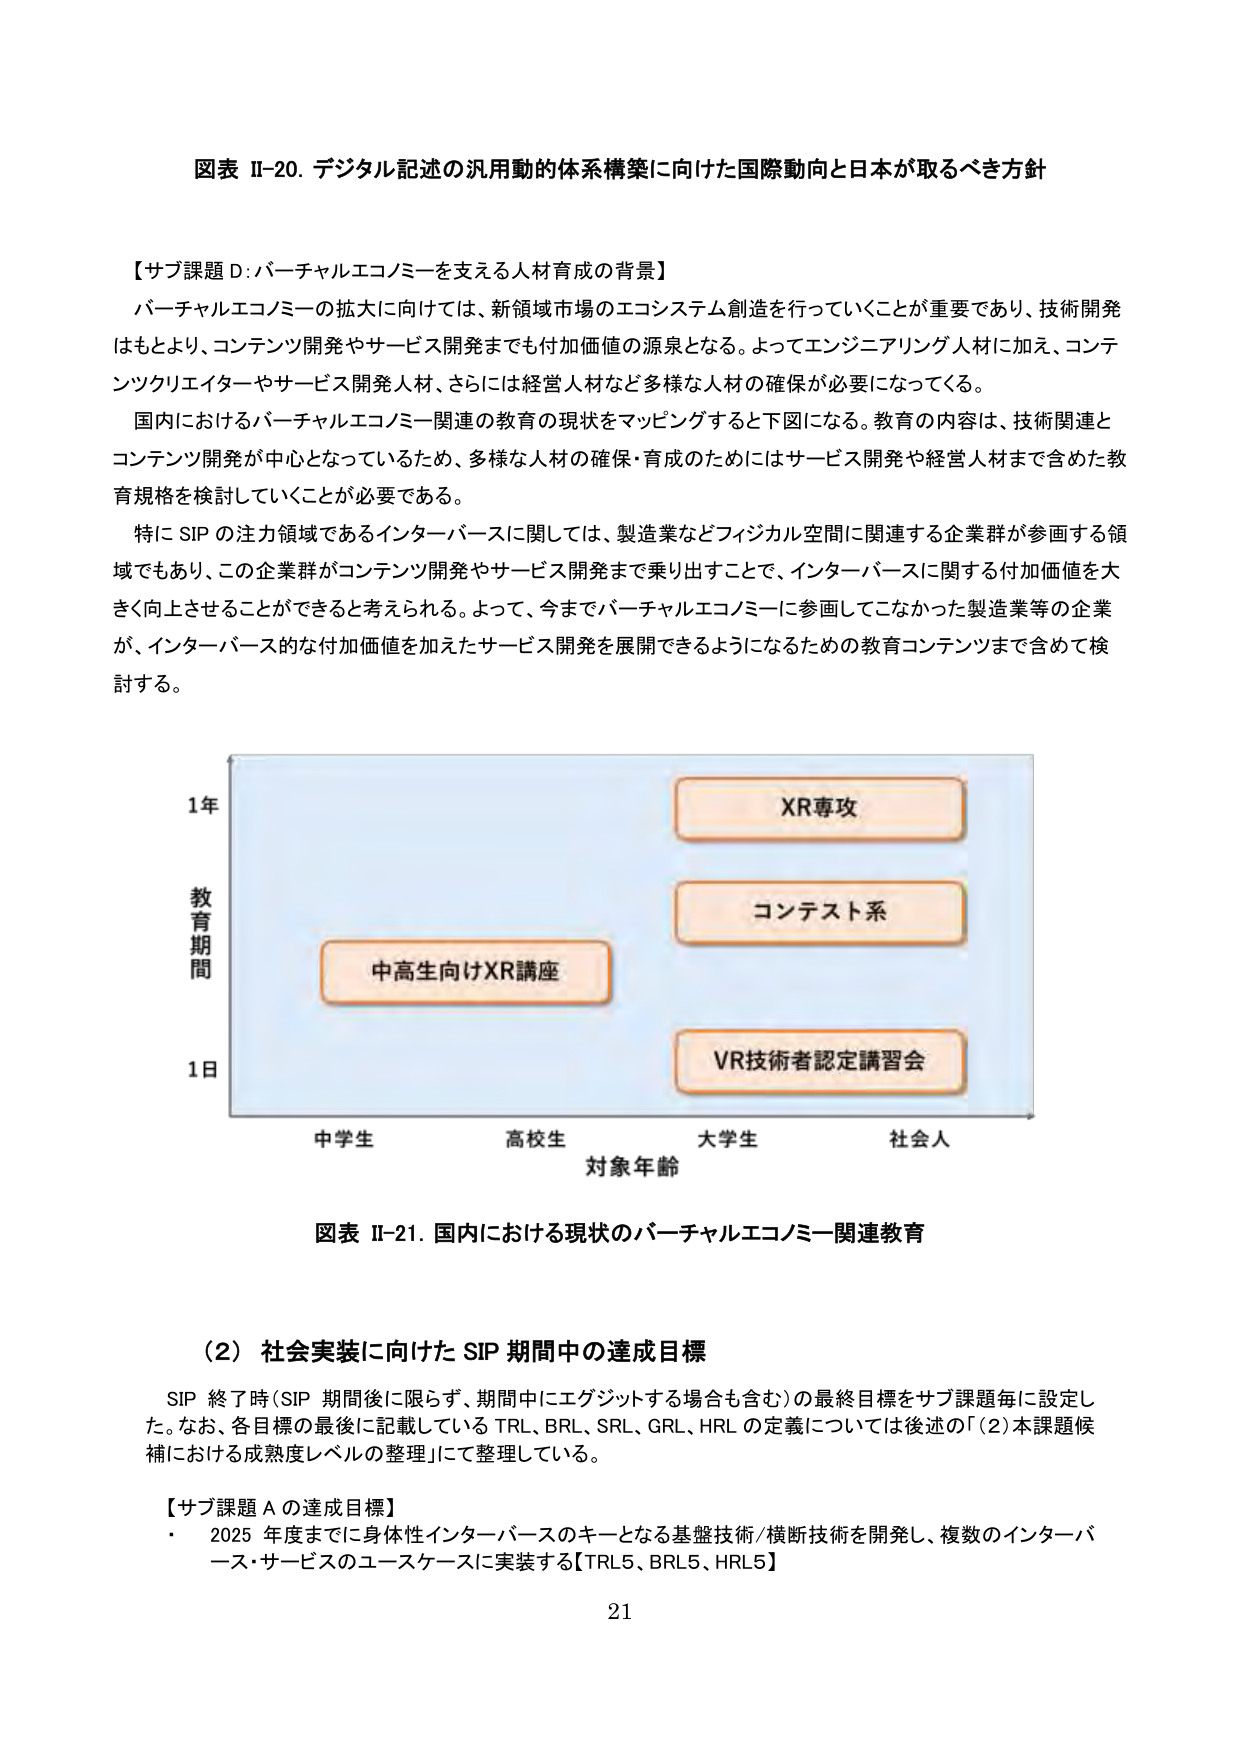
図表 II-20. デジタル記述の汎用動的体系構築に向けた国際動向と日本が取るべき方針

【サブ課題 D: バーチャルエコノミーを支える人材育成の背景】
バーチャルエコノミーの拡大に向けては、新領域市場のエコシステム創造を行っていくことが重要であり、技術開発はもとより、コンテンツ開発やサービス開発までも付加価値の源泉となる。よってエンジニアリング人材に加え、コンテンツクリエイターやサービス開発人材、さらには経営人材など多様な人材の確保が必要になってくる。
国内におけるバーチャルエコノミー関連の教育の現状をマッピングすると下図になる。教育の内容は、技術関連とコンテンツ開発が中心となっているため、多様な人材の確保・育成のためにはサービス開発や経営人材まで含めた教育規格を検討していくことが必要である。
特に SIP の注力領域であるインターバースに関しては、製造業などフィジカル空間に関連する企業群が参画する領域でもあり、この企業群がコンテンツ開発やサービス開発まで乗り出すことで、インターバースに関する付加価値を大きく向上させることができると考えられる。よって、今までバーチャルエコノミーに参画してこなかった製造業等の企業が、インターバース的な付加価値を加えたサービス開発を展開できるようになるための教育コンテンツまで含めて検討する。

1年
教育期間
1日
中高生向けXR講座
XR専攻
コンテスト系
VR技術者認定講習会
中学生 高校生 大学生 社会人
対象年齢

図表 II-21. 国内における現状のバーチャルエコノミー関連教育

（2）社会実装に向けた SIP 期間中の達成目標
SIP 終了時（SIP 期間後に限らず、期間中にエグジットする場合も含む）の最終目標をサブ課題毎に設定した。なお、各目標の最後に記載している TRL、BRL、SRL、GRL、HRL の定義については後述の「（2）本課題候補における成熟度レベルの整理」にて整理している。

【サブ課題 A の達成目標】
・ 2025 年度までに身体性インターバースのキーとなる基盤技術/横断技術を開発し、複数のインターバース・サービスのユースケースに実装する【TRL5、BRL5、HRL5】

21